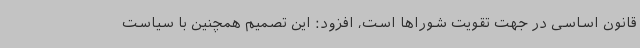
قانون اساسی در جهت تقویت شوراها است، افزود: این تصمیم همچنین با سیاست